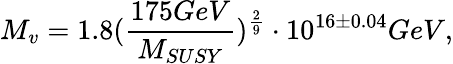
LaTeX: M_{v}=1.8(\frac{175GeV}{M_{SUSY}})^{\frac{2}{9}}\cdot 10^{16\pm 0.04}GeV,